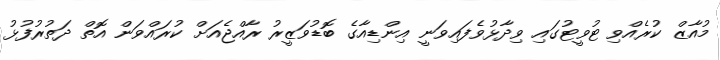
މުއާޒް ކުރެއްވި ޓުވީޓުގައި ވިދާޅުވެފައިވަނީ އިންޑިއާގެ ބޮޑުވަޒީރު ރާއްޖެއަށް ކުރައްވަން އޮތް ދަތުރުފުޅު